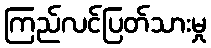
ကြည်လင်ပြတ်သားမှု